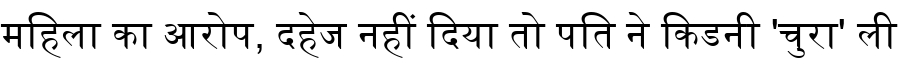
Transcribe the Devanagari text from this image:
महिला का आरोप, दहेज नहीं दिया तो पति ने किडनी 'चुरा' ली